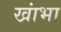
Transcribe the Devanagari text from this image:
खांभा